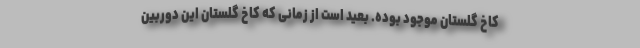
کاخ گلستان موجود بوده. بعید است از زمانی که کاخ گلستان این دوربین